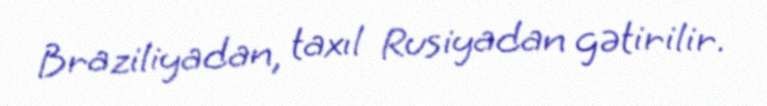
Braziliyadan, taxıl Rusiyadan gətirilir.